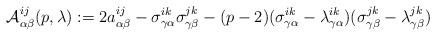
LaTeX: \begin{align*}\mathcal{A}_{\alpha\beta}^{ij}(p,\lambda):=2a_{\alpha\beta}^{ij}-\sigma_{\gamma\alpha}^{ik}\sigma_{\gamma\beta}^{jk}-(p-2)(\sigma_{\gamma\alpha}^{ik}-\lambda_{\gamma\alpha}^{ik})(\sigma_{\gamma\beta}^{jk}-\lambda_{\gamma\beta}^{jk})\end{align*}